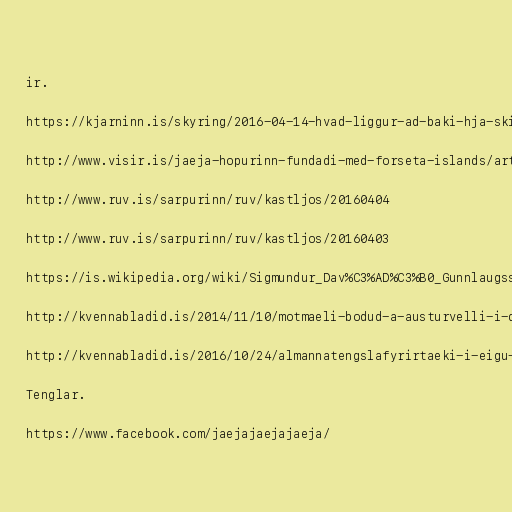
ir.

https://kjarninn.is/skyring/2016-04-14-hvad-liggur-ad-baki-hja-skipuleggjendum-motmaela/

http://www.visir.is/jaeja-hopurinn-fundadi-med-forseta-islands/article/2016160408909

http://www.ruv.is/sarpurinn/ruv/kastljos/20160404

http://www.ruv.is/sarpurinn/ruv/kastljos/20160403

https://is.wikipedia.org/wiki/Sigmundur_Dav%C3%AD%C3%B0_Gunnlaugsson#Fj.C3.B6lskylda_og_einkal.C3.ADf

http://kvennabladid.is/2014/11/10/motmaeli-bodud-a-austurvelli-i-dag-klukkan-17-00/

http://kvennabladid.is/2016/10/24/almannatengslafyrirtaeki-i-eigu-sjalfstaedismanna-tradkar-a-tjaningarfrelsi-jaeja-hopsins/

Tenglar.

https://www.facebook.com/jaejajaejajaeja/